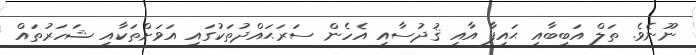
ނޫނެވެ. ތަލް އަބީބާއި ޙައިފާ އާއި ޤުދުސާއި އެހެން ސަރަޙައްދުތަކުގައި އަވަށްތަކާއި ޝަހަރުތައް